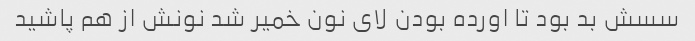
سسش بد بود تا اورده بودن لای نون خمیر شد نونش از هم پاشید